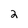
Character: 2